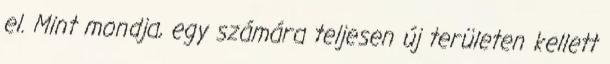
el. Mint mondja, egy számára teljesen új területen kellett